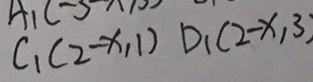
C _ { 1 } ( 2 - x , 1 ) D _ { 1 } ( 2 - x , 3 )